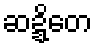
ဆဍ္ဍိတေ